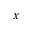
x